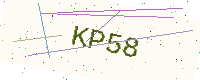
Text: KP58